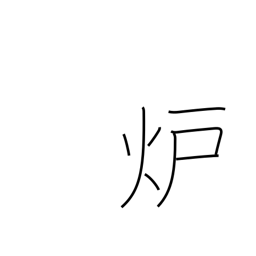
Meaning: reactor